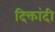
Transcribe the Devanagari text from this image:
दिक्तांदी